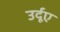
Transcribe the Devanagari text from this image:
उर्दूए